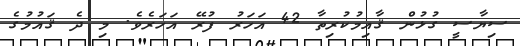
ސިޔާސީ ގުޅުން ޤާއިމުކުރިތާ 42 އަހަރު ފުރޭ އަހަރެވެ. މި ދެ ޤައުމުގެ